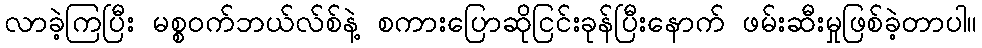
လာခဲ့ကြပြီး မစ္စဝက်ဘယ်လ်စ်နဲ့ စကားပြောဆိုငြင်းခုန်ပြီးနောက် ဖမ်းဆီးမှုဖြစ်ခဲ့တာပါ။